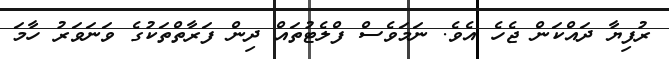
ރުފިޔާ ދައްކަން ޖެހެ އެވެ. ނަމަވެސް ފްލެޓުތައް ދިން ފަރާތްތަކުގެ ވަނަވަރު ހާމަ